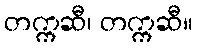
တက္ကဆီ၊ တက္ကဆီ။